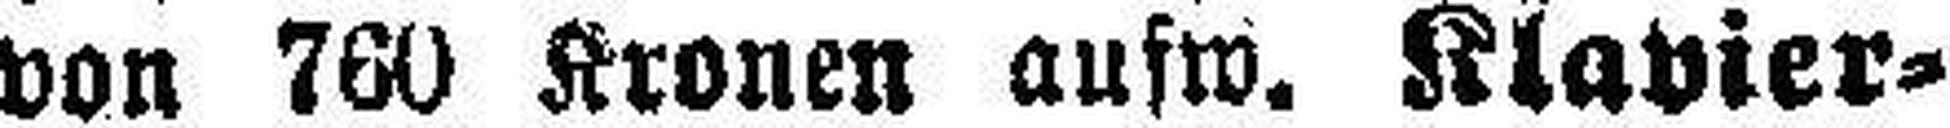
von 760 Kronen aufw. Klavier¬